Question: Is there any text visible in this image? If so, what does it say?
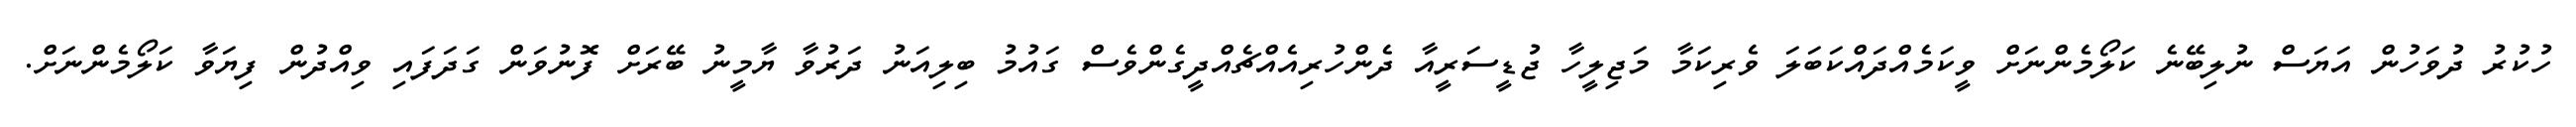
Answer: ހުކުރު ދުވަހުން އަޔަސް ނުލިބޭނެ ކަލޯމެންނަށް ވީކަމެއްދައްކަބަލަ ވެރިކަމާ މަޖިލީހާ ޖުޑީސަރީއާ ދެންހުރިއެއްޗެއްދީގެންވެސް ގައުމު ބިލިއަނު ދަރުވާ ޔާމީނު ބޭރަށް ފޮނުވަން ގަދަފައި ވިއްދުން ފިޔަވާ ކަލޯމެންނަށް.